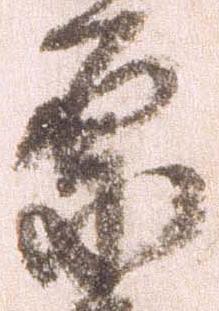
原